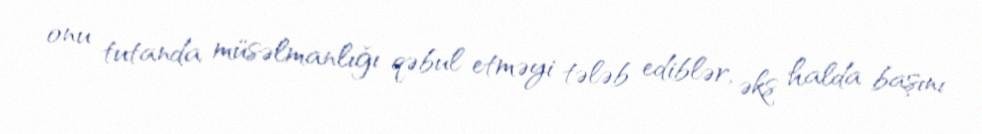
onu tutanda müsəlmanlığı qəbul etməyi tələb ediblər, əks halda başını